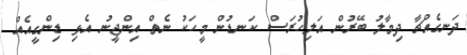
ދަނގެއްޗާ ދިމާލު ބޭރުން އަލިހުރަސް ކަނޑުން މީހަކު ނެތް އިންޖީނު އެޅި ޑިންގީއެއް